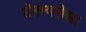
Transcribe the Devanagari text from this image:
टोलवलेला